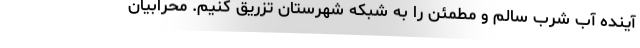
آینده آب شرب سالم و مطمئن را به شبکه شهرستان تزریق کنیم. محرابیان